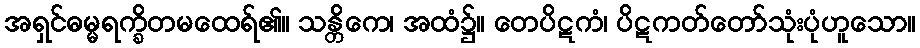
အရှင်ဓမ္မရက္ခိတမထေရ်၏။ သန္တိကေ၊ အထံ၌။ တေပိဋကံ၊ ပိဋကတ်တော်သုံးပုံဟူသော။